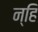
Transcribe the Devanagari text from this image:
न्हि